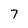
Character: 7